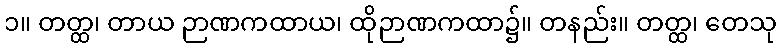
၁။ တတ္ထ၊ တာယ ဉာဏကထာယ၊ ထိုဉာဏကထာ၌။ တနည်း။ တတ္ထ၊ တေသု